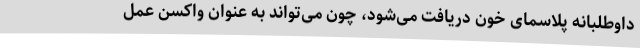
داوطلبانه پلاسمای خون دریافت می‌شود، چون می‌تواند به عنوان واکسن عمل